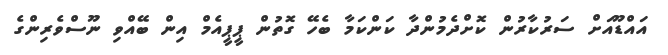
އައްޑޫއަށް ސަރުކާރުން ކޮށްދެމުންދާ ކަންކަމާ ބެހޭ ގޮތުން ޕީޕީއެމް އިން ބޭއްވި ނޫސްވެރިންގެ